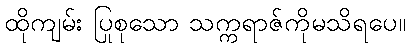
ထိုကျမ်း ပြုစုသော သက္ကရာဇ်ကိုမသိရပေ။